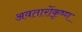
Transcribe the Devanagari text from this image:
अवतारोंकृष्ण